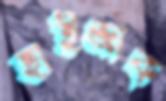
হাইজাক